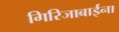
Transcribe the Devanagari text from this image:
गिरिजाबाईंना